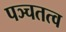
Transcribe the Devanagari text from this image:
पञ्चतत्व